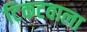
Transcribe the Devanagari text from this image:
टिकटवाला